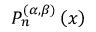
P _ { n } ^ { ( \alpha , \beta ) } \left( x \right)